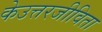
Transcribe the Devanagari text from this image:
केउत्तरजीविता